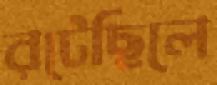
রটেছিলে